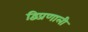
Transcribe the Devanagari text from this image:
द्विप्रणाली